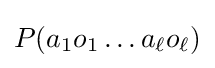
P(a_{1}o_{1}\dots a_{\ell }o_{\ell })